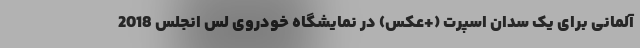
آلمانی برای یک سدان اسپرت (+عکس) در نمایشگاه خودروی لس انجلس 2018